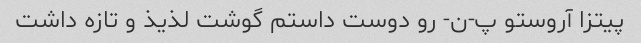
پیتزا آروستو پ-ن- رو دوست داستم گوشت لذیذ و تازه داشت